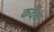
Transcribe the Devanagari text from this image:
कदेश